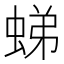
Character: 𧋘